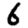
Digit: 6